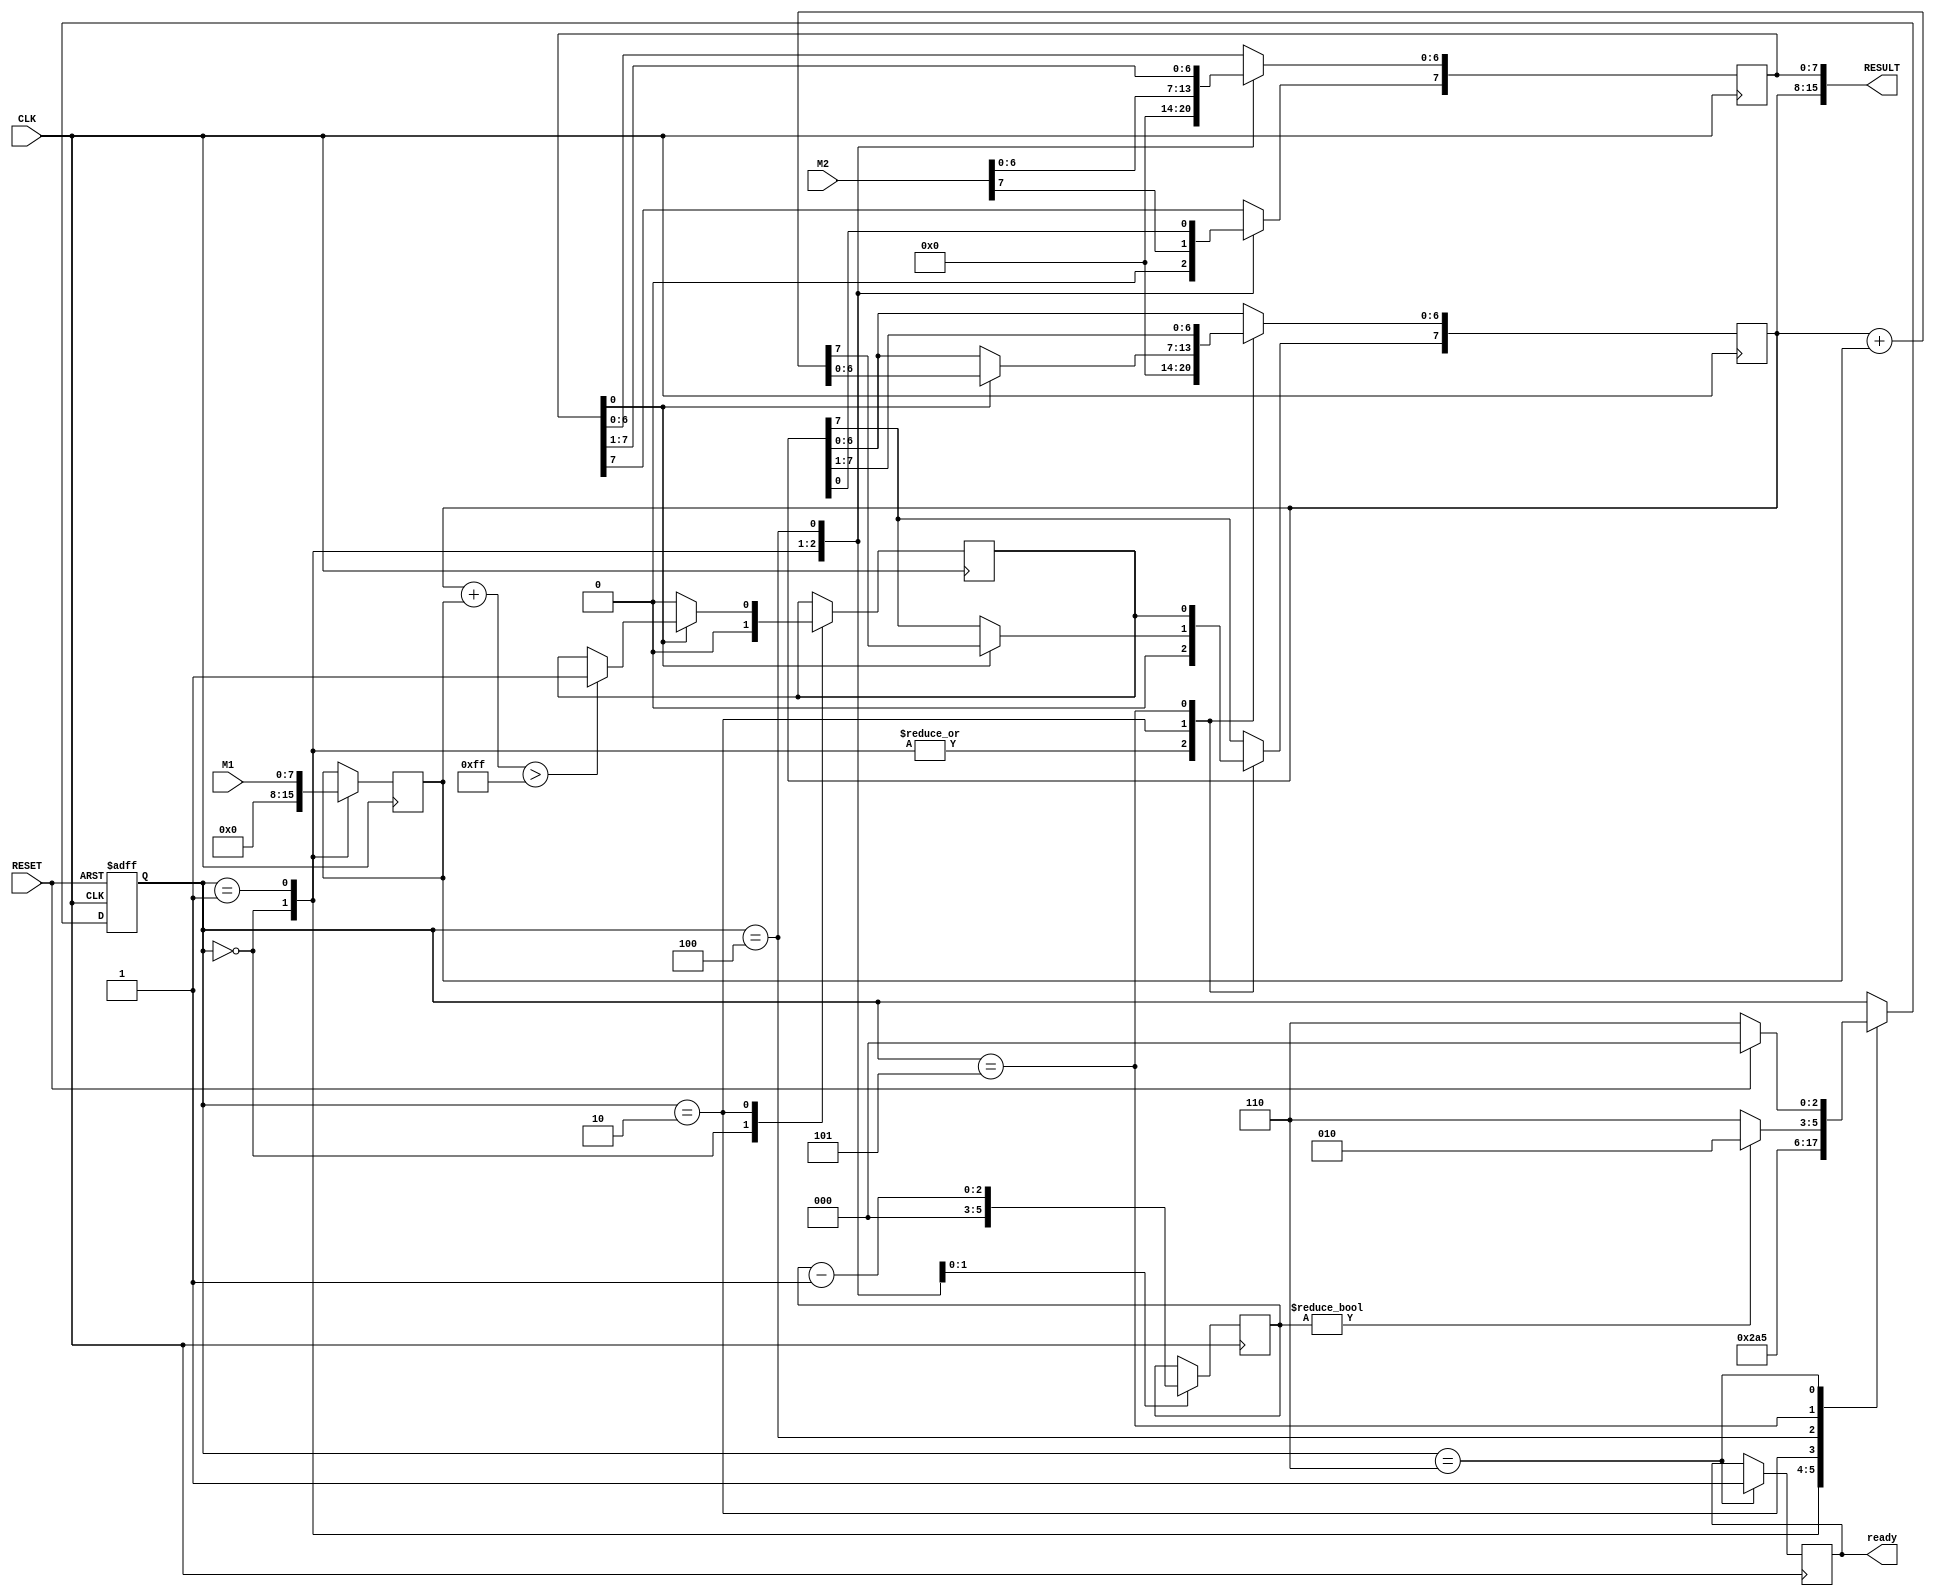
module tarefa_bonus(M1,M2,CLK,RESET,RESULT,ready);

    input wire [7:0] M1;//multiplicando
    input wire [7:0] M2; //multiplicador
    input CLK;
    input RESET;
    output wire [15:0] RESULT;
    output reg ready;



reg [2:0] states;
reg [7:0] A, B, Q;
reg [2:0] COUNTER;
reg C;

parameter IDLE = 3'b000, START = 3'b001, SUM = 3'b010, SHIFT1 = 3'b100,  SHIFT2 = 3'b101, STOP = 3'b110;

assign RESULT = {Q,A};

always @(posedge CLK or posedge RESET) begin
   if (RESET == 1)
      states <= IDLE;
    else begin
        case (states)
            IDLE: begin
                    states <= START;
                end
            

            START: begin
                    states <= SUM;
            end

            SUM: begin
                states <= SHIFT1;
            end

            SHIFT1: begin
                states <= SHIFT2;
            end

            SHIFT2: begin
                if (COUNTER != 0) begin
                        states <= SUM;
                end
                else begin
                    states <= STOP;
                end
            end

            STOP: begin
                if (RESET == 1) begin
                    states <= IDLE;
                end
                else begin
                states <= STOP;
                end
            end

        endcase 
    end
end

always @(posedge CLK) begin
    case (states)
        IDLE: begin
            A <= 0;
            Q <= 0;
            C <= 0;
            B <= 0;
        end
        START: begin 
            B <= M1;
            A <= M2;
            Q <= 0;
            COUNTER <= 8;
        end
        SUM: begin
            if(A[0] == 1) begin
                Q <= Q + B;
                if (Q + B > 255) begin
                    C <= 1;
                end
            end
            else
            C <= 0;
        end
        SHIFT1: begin
            A <= A>>1;
            A[7] <= Q[0];
            COUNTER <= COUNTER - 8'b1;
        end
        SHIFT2: begin
            Q = Q>>1;
            Q[7] <= C;
        end
        STOP: begin
            ready <= 1;
        end

    endcase
    
end
endmodule